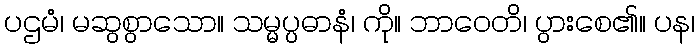
ပဌမံ၊ မဆွစွာသော။ သမ္မပ္ပဓာနံ၊ ကို။ ဘာဝေတိ၊ ပွားစေ၏။ ပန၊